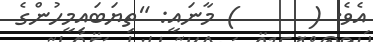
އެވެ. (      ) މާނައީ: "ތިޔަބައިމީހުންގެ